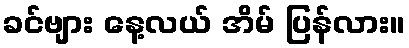
ခင်ဗျား နေ့လယ် အိမ် ပြန်လား။